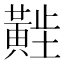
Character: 𬹑